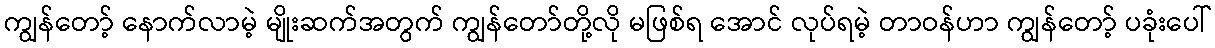
ကျွန်တော့် နောက်လာမဲ့ မျိုးဆက်အတွက် ကျွန်တော်တို့လို မဖြစ်ရ အောင် လုပ်ရမဲ့ တာဝန်ဟာ ကျွန်တော့် ပခုံးပေါ်